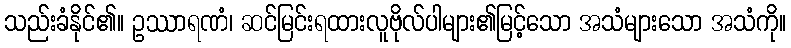
သည်းခံနိုင်၏။ ဥဿာရဏံ၊ ဆင်မြင်းရထားလူဗိုလ်ပါများ၏မြင့်သော အသံများသော အသံကို။